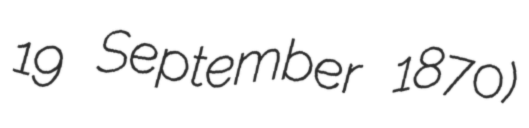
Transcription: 19 September 1870)